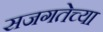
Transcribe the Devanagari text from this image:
सजगतेच्या